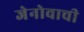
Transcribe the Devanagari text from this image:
जेनोवाची